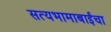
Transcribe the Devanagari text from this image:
सत्यभामाबाईंचा